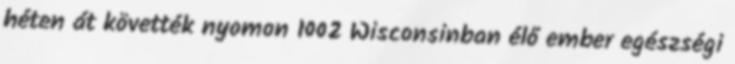
héten át követték nyomon 1002 Wisconsinban élő ember egészségi